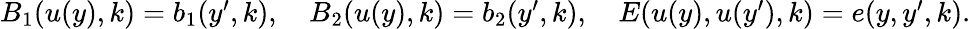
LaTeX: \begin{array}{r}{B_{1}(u(y),k)=b_{1}(y^{\prime},k),\quad B_{2}(u(y),k)=b_{2}(y^{\prime},k),\quad E(u(y),u(y^{\prime}),k)=e(y,y^{\prime},k).}\end{array}